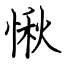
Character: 愀